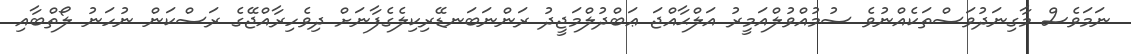
ނަމަވެސް މާގިނަދުވަސްތަކެއްނުވެ ސުމުއްވުލްއަމީރު އަލްޙާއްޖަ ޢަބްދުލްމަޖީދު ރަންނަބަނޑޭރިކިލެގެފާނަށް ދިވެހިރާއްޖޭގެ ރަސްކަން ނުހަނު ލޯތްބާއި